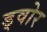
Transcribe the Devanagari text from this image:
ड्वोर